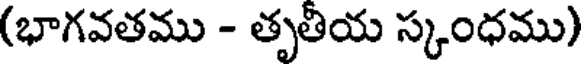
(భాగవతము - తృతీయ స్కంధము)